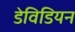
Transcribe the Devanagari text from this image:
डेविडियन